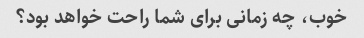
خوب، چه زمانی برای شما راحت خواهد بود؟